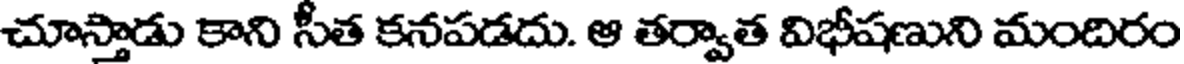
చూస్తాడు కాని సీత కనపడదు. ఆ తర్వాత విభీషణుని మందిరం